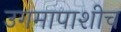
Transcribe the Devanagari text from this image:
उगमापाशीच